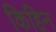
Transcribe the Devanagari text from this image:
किहिन